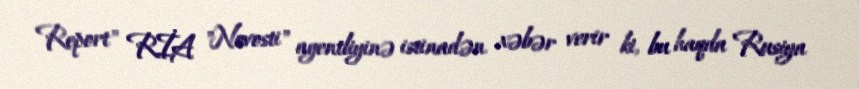
Report" RİA "Novosti" agentliyinə istinadən xəbər verir ki, bu haqda Rusiya